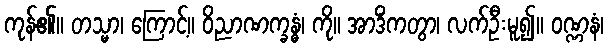
ကုန်၏။ တသ္မာ၊ ကြောင့်။ ဝိညာဏက္ခန္ဓံ၊ ကို။ အာဒိံကတွာ၊ လက်ဦးမူ၍။ ဝဏ္ဏနံ၊